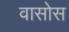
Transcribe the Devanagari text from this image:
वासोस